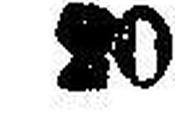
20